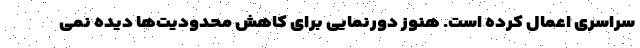
سراسری اعمال کرده است. هنوز دورنمایی برای کاهش محدودیت‌ها دیده نمی